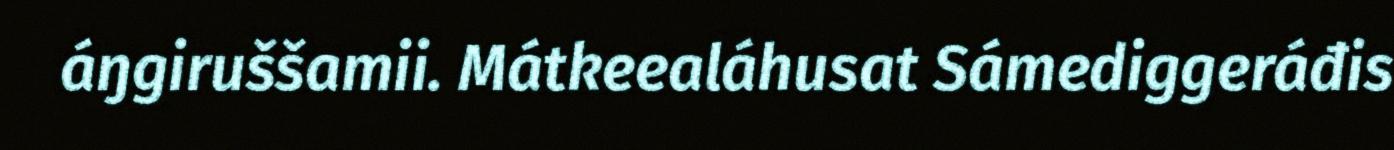
áŋgiruššamii. Mátkeealáhusat Sámediggeráđis